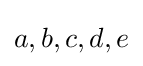
a,b,c,d,e